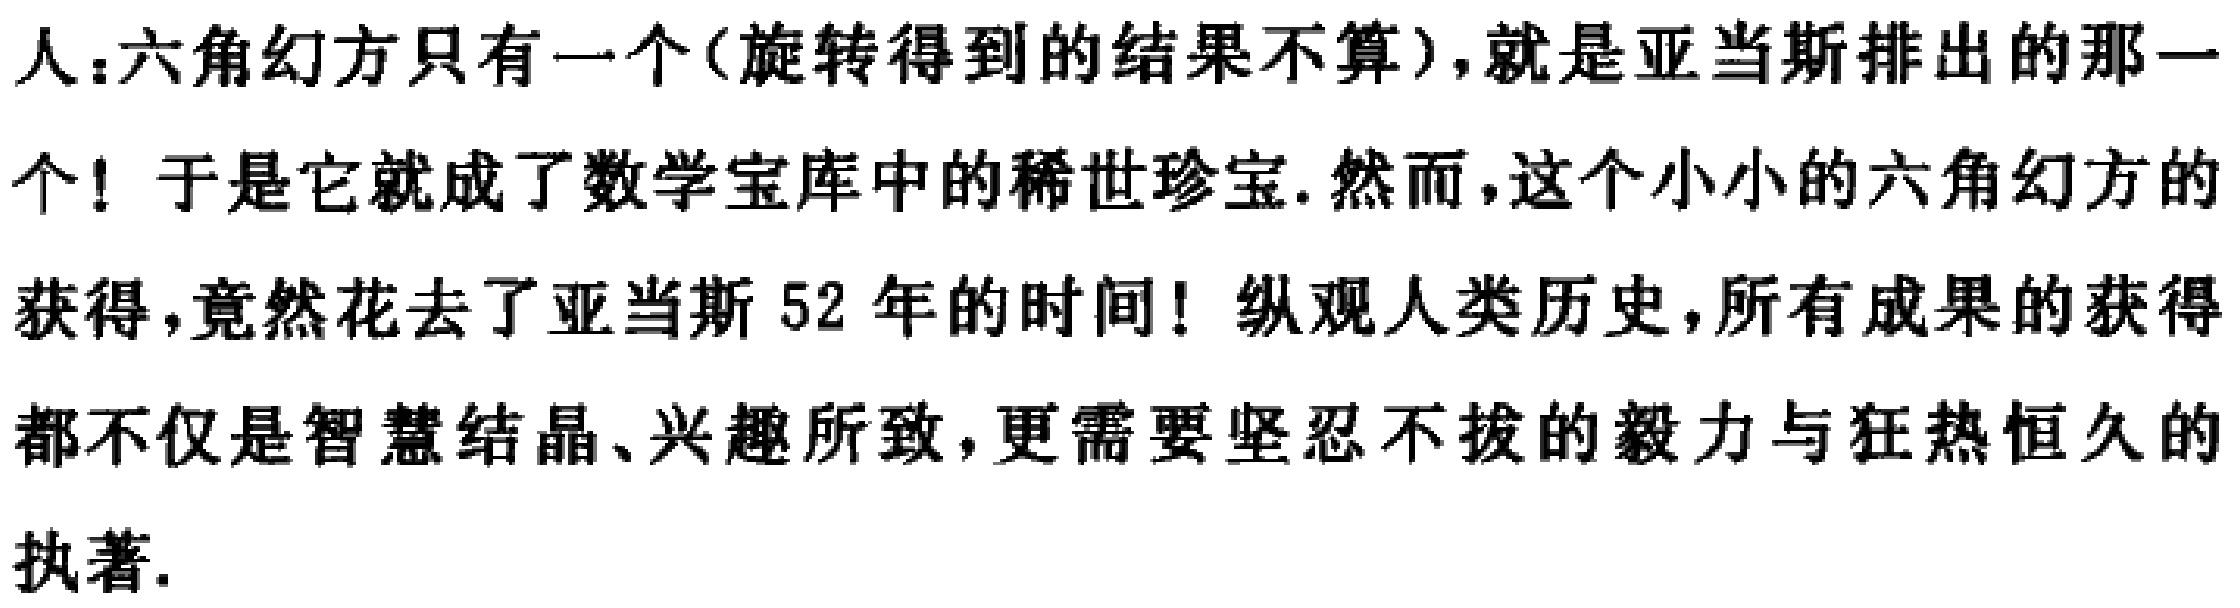
人：六角幻方只有一个(旋转得到的结果不算)，就是亚当斯排出的那一个！于是它就成了数学宝库中的稀世珍宝. 然而，这个小小的六角幻方的获得，竟然花去了亚当斯52年的时间！纵观人类历史，所有成果的获得都不仅是智慧结晶、兴趣所致，更需要坚忍不拔的毅力与狂热恒久的执著.